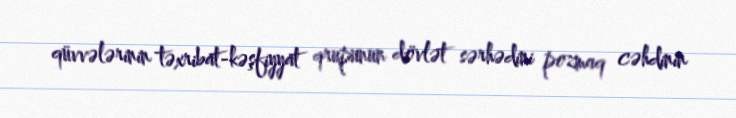
qüvvələrinin təxribat-kəşfiyyat qrupunun dövlət sərhədini pozmaq cəhdinin